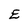
Character: E